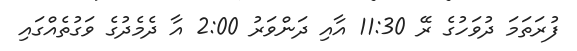
ފުރަތަމަ ދުވަހުގެ ރޭ 11:30 އާއި ދަންވަރު 2:00 އާ ދެމެދުގެ ވަގުތެއްގައި